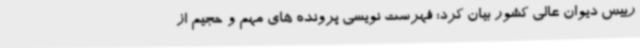
رییس دیوان عالی کشور بیان کرد: فهرست نویسی پرونده های مهم و حجیم از